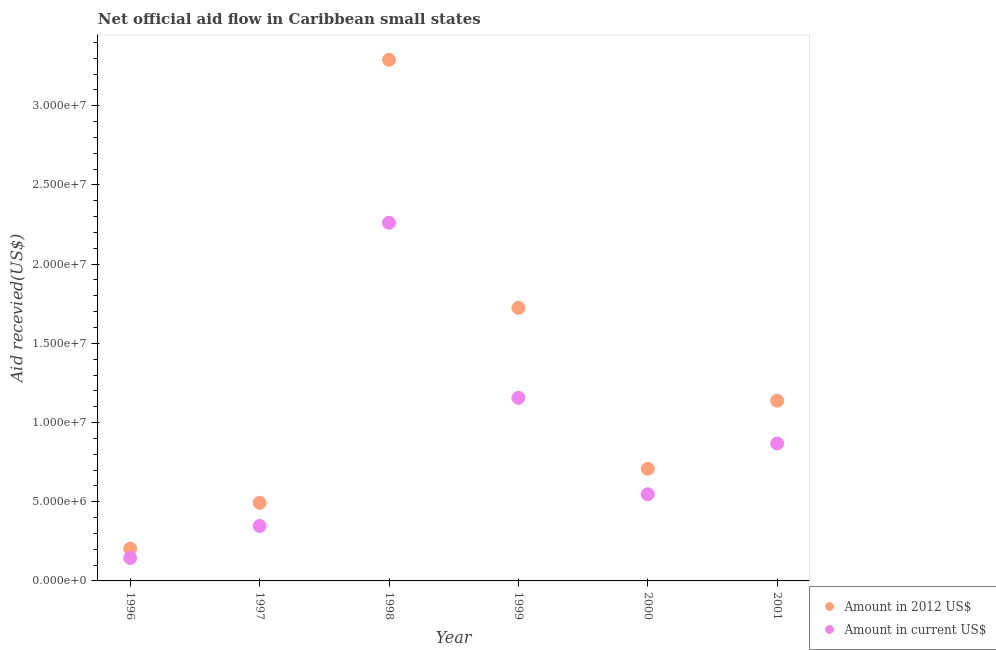
| Year | Amount in 2012 US$ | Amount in current US$ |
 | --- | --- | --- |
 | 1996 | 2.04e+06 | 1.45e+06 |
 | 1997 | 4.93e+06 | 3.47e+06 |
 | 1998 | 3.29e+07 | 2.26e+07 |
 | 1999 | 1.72e+07 | 1.16e+07 |
 | 2000 | 7.08e+06 | 5.47e+06 |
 | 2001 | 1.14e+07 | 8.68e+06 |